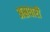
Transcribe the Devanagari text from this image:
अस्रधारी